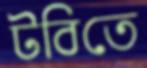
টবিতে